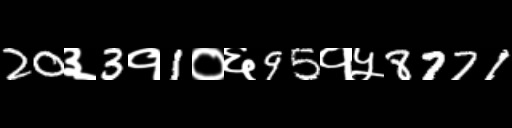
Text: 20३3१1०६95१५8771